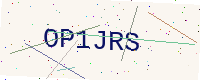
Text: OP1JRS